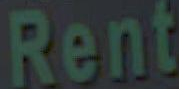
Rent